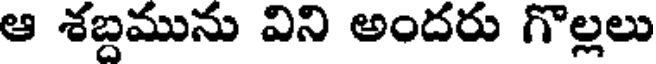
ఆ శబ్దమును విని అందరు గొల్లలు